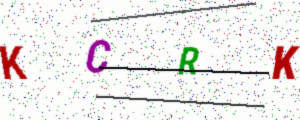
Text: KCRK